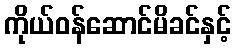
ကိုယ်ဝန်ဆောင်မိခင်နှင့်